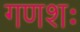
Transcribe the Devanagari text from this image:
गणशः